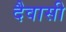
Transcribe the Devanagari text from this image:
दैवासी